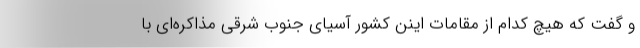
و گفت که هیچ کدام از مقامات اینن کشور آسیای جنوب شرقی مذاکره‌ای با